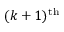
( k + 1 ) ^ { \mathrm { t h } }